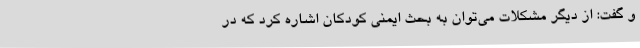
و گفت: از دیگر مشکلات می‌توان به بحث ایمنی کودکان اشاره کرد که در